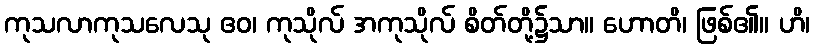
ကုသလာကုသလေသု ဧဝ၊ ကုသိုလ် အကုသိုလ် စိတ်တို့၌သာ။ ဟောတိ၊ ဖြစ်၏။ ဟိ၊